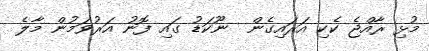
މުޅި ރާއްޖެ ކެކި އަރައިގެން  ނޫކަޑު ގައި ފޮނު އަރުވަމުން މާލެ